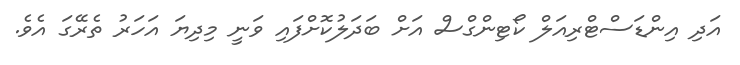
އަދި އިންޑަސްޓްރިއަލް ކޯޓިންގްސް އަށް ބަދަލުކޮށްފައި ވަނީ މިދިޔަ އަހަރު ތެރޭގަ އެވެ.